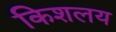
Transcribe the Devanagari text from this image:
किशलय